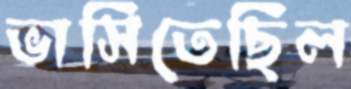
ভাসিতেছিল